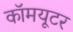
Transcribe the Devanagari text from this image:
कॉमयूटर